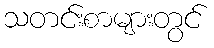
သတင်းစာများတွင်